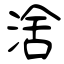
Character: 涻